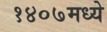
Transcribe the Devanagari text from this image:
१४०७मध्ये